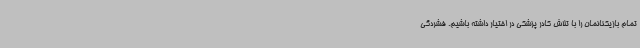
تمام بازیکنانمان را با تلاش کادر پزشکی در اختیار داشته باشیم. فشردگی